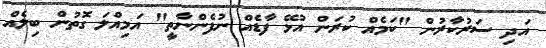
އަދި ސަރުކާރުން "ކަމެއް ކުރަން އުޅޭ ފާޑެއް ނުފެންނާތީ" އަމިއްލަ ގޮތުން ބިލެއް